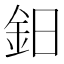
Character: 鈤